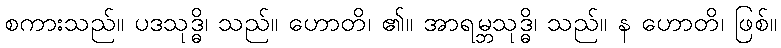
စကားသည်။ ပဒသုဒ္ဓိ၊ သည်။ ဟောတိ၊ ၏။ အာရမ္ဘသုဒ္ဓိ၊ သည်။ န ဟောတိ၊ ဖြစ်။